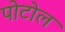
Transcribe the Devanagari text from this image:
पोटोल